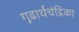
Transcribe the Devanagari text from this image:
गूढार्थचंद्रिका